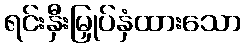
ရင်းနှီးမြှုပ်နှံထားသော